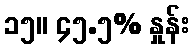
၁၅။ ၄၅.၅% နှုန်း